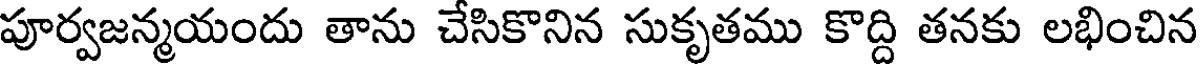
పూర్వజన్మయందు తాను చేసికొనిన సుకృతము కొద్ది తనకు లభించిన